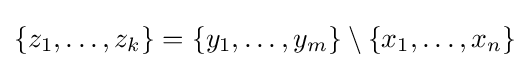
\{z_{1},\ldots ,z_{k}\}=\{y_{1},\ldots ,y_{m}\}\setminus \{x_{1},\ldots ,x_{n}\}